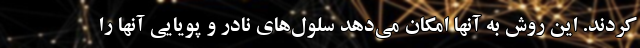
کردند. این روش به آنها امکان می‌دهد سلول‌های نادر و پویایی آنها را